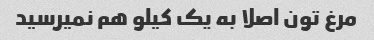
مرغ تون اصلا به یک کیلو هم نمیرسید